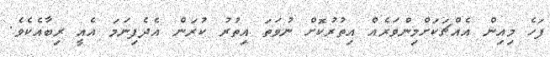
ފަހެ މިއިން އެއްޗަކަށްމިންވަރެއް އިތުރުކޮށް ނުވަތަ އިތުރު ކުރަން އެދެފިނަމަ އެއީ ރިބާއެކެވެ.